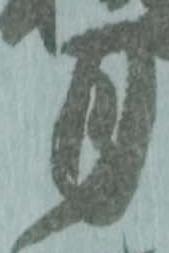
月